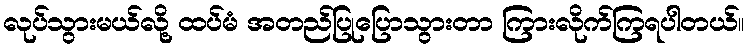
လုပ်သွားမယ်လို့ ထပ်မံ အတည်ပြုပြောသွားတာ ကြားလိုက်ကြရပါတယ်။